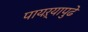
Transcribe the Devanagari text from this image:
पायऱ्यापुढे